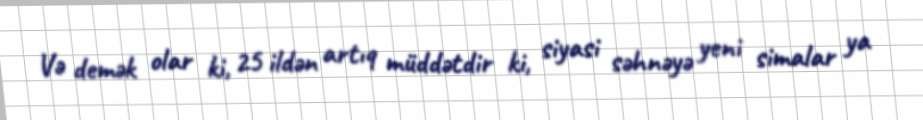
Və demək olar ki, 25 ildən artıq müddətdir ki, siyasi səhnəyə yeni simalar ya